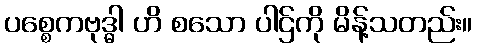
ပစ္စေကဗုဒ္ဓါ ဟိ စသော ပါဌ်ကို မိန့်သတည်း။